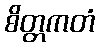
စိတ္တကတံ